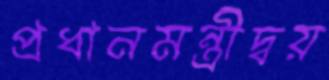
প্রধানমন্ত্রীদ্বয়